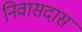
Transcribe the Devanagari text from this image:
निवासदास